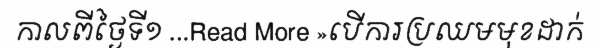
កាលពីថ្ងៃទី១ ...Read More »បើការប្រឈមមុខដាក់